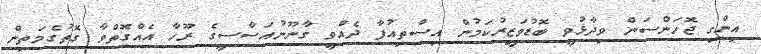
އިންގި ޖޮހަންސަން ވިދާޅުވީ ބޮޑުވަޒީރުކަމުން އިސްތިއުފާ ދެއްވީ ގާނޫނުއަސާސީގެ ރޫހާ އެއްގޮތްވާ ގޮތުގެމަތިން